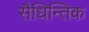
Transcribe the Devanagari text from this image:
सैधिन्तिक